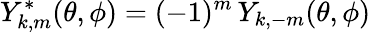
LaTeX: {Y_{k,m}^{*}(\theta,\phi)=(-1)^{m}\, Y_{k,-m}(\theta,\phi)}